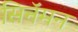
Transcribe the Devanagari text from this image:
सिनॅमन